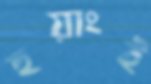
হুয়াংই